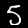
Digit: 5